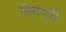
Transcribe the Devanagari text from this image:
विदग्धी